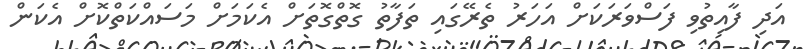
އަދި ފާއިތުވި ފަސްވަރަކަށް އަހަރު ތެރޭގައި ތަފާތު ގޮތްގޮތަށް އެކަމަށް މަސައްކަތްކޮށް އެކަން